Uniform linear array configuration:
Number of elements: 64
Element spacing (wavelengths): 0.75
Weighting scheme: hann
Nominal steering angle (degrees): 30
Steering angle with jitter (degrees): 28.068
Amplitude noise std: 0.05
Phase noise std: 0.05

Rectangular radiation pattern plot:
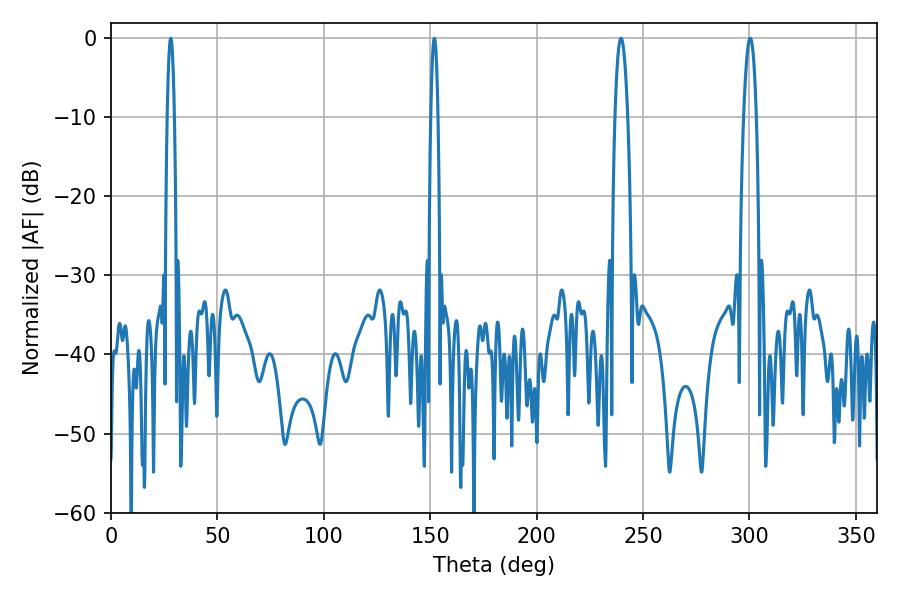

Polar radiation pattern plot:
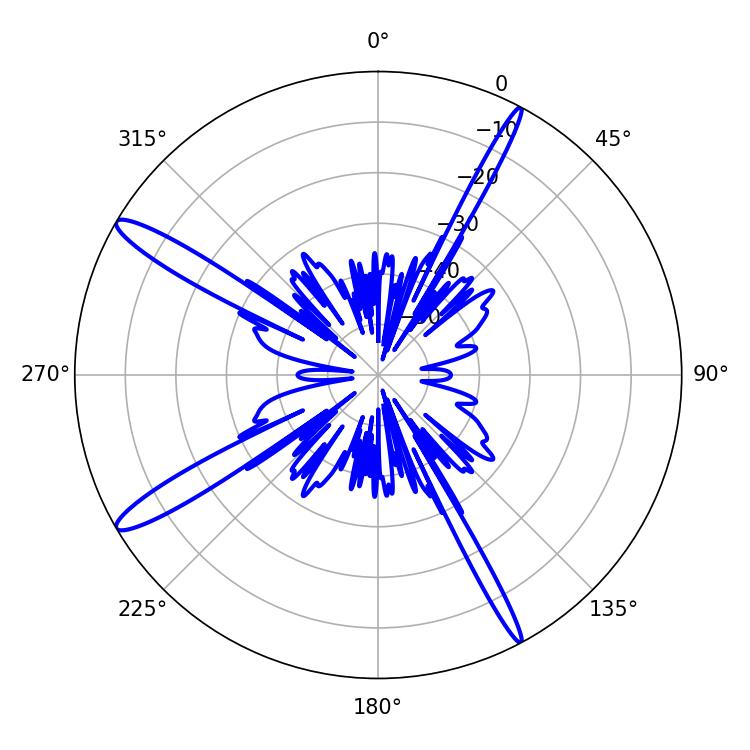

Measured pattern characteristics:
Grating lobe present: TRUE
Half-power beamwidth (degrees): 1.8
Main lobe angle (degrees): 28.08